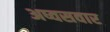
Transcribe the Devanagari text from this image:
अष्वसवार